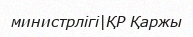
министрлігі|ҚР Қаржы